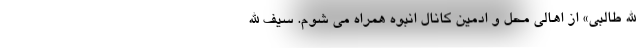
الله طالبی» از اهالی محل و ادمین کانال انبوه همراه می شوم. سیف الله